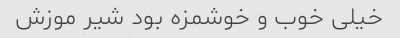
خیلی خوب و خوشمزه بود شیر موزش